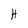
Character: H